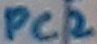
Text: PC2